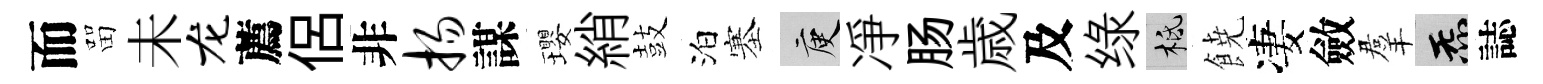
而㽞未龙薦侶非扬謀瓔綃鼓泊塞庾凈肠歳及绿柢𩜙凄斂羣炁誌